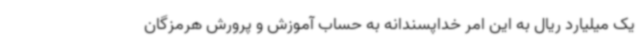
یک میلیارد ریال به این امر خداپسندانه به حساب آموزش و پرورش هرمزگان